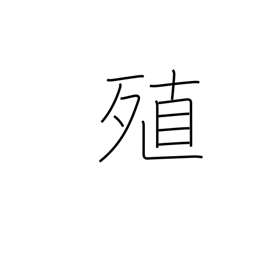
Meaning: augment